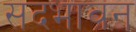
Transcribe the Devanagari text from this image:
सदभावन